Indian journal of veterinary science and animal husbandry - Volumes 15-17, 1948-1951
Year: 1948
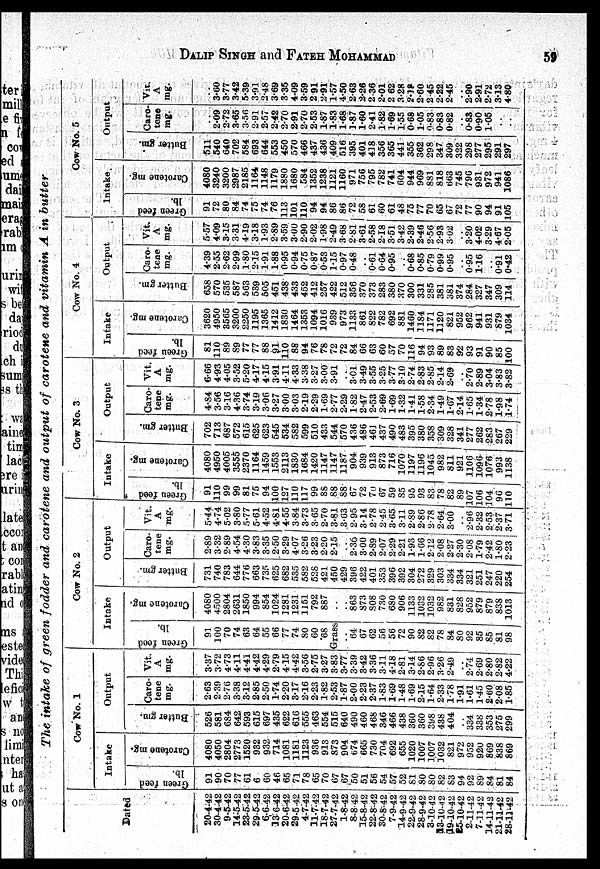
DALIP SING
The intake of green fodder and carotene and output of carotene and vitamin A in butter
Dated
20-4-42
30-4-42
9-5-42
14-5-42
23-5-42
29-5-42
3-6-42
13-6-42
20-6-42
29-5-42
4-7-42
11-7-42
18-7-42
27-7-42
1-8-42
8-8-42
15-8-42
22-8-42
30-8-42
7-9-42
14-9-42
22-9-42
28-9-42
3-10-42
13-10-42
19-10-42
25-10-42
2-11-42
7-11-42
14-11-42
21-11-42
28-11-42
Cow No. 1
Intake
Gr een feed
lb.
91
90
70
77
61
6
60
46
65
71
78
65
70
67
67
50
51
56
54
57
52
81
80
80
82
83
94
92
89
84
81
84
Car ot ene mg.
4080
4050
2804
2773
1520
932
932
714
1081
1181
1123
936
913
873
904
674
665
730
704
692
655
1020
1007
1007
1032
821
972
952
920
869
838
869
Output
But t
er gm.
526
581
684
642
593
615
697
435
622
616
555
463
554
515
640
490
460
468
346
466
438
360
360
398
438
404
..
334
338
353
275
299
Caro-
tene
mg.
2.63
2.39
2.76
3.38
3.12
2.85
2.50
1.74
2.20
3.17
2.16
2.23
1.82
2.53
1.87
2.00
2.23
2.37
1.83
1.69
1.48
1.69
2.15
1.64
2.33
1.78
1.91
1.61
1.45
2.60
2.08
1.85
Vit.
A
mg.
3.37
3.72
4.73
4.11
4.41
4.42
4.29
2.79
415
4.42
3.56
2.75
3.27
3.83
3.77
3.39
3.42
3.36
3.11
4.18
2.81
3.14
2.86
2.96
3.26
2.49
..
2.74
2.69
2.80
2.82
4.22
Cow No. 2
Intake
Gr een feed
lb.
91
100
70
74
63
64
55
66
77
74
80
60
68
Grass
..
64
67
62
56
56
72
90
82
82
78
84
80
92
85
85
81
98
Car ot ene mg
4080
4500
2804
2631
1850
994
854
1024
1281
1231
1151
792
887
..
..
863
873
S08
730
680
906
1133
1032
1032
982
831
828
952
879
879
838
1013
Output
But t
er gm.
731
740
783
644
776
663
735
625
682
535
582
528
421
450
429
396
422
401
353
396
392
304
272
329
303
334
334
321
251
247
220
254
Caro-
tene
mg.
2.89
3.32
2.89
4.54
4.30
3.83
3.35
2.50
3.29
4.07
3.26
3.23
2.20
2.15
..
2.36
3.00
2.89
2.07
2.29
2.21
1.93
1.66
2.12
2.08
2.27
2.30
2.08
1.79
2.42
1.80
2.23
Vit
A
mg.
5.44
4.74
5.02
3.80
5.77
5.61
4.52
4.81
4.55
3.84
3.73
3.65
2.70
3.81
3.63
2.95
3.14
2.78
2.45
3.65
3.11
2.89
2.86
2.78
2.64
3.00
..
2.96
2.32
2.53
2.37
3.71
Cow No. 3
Intake
Gr eeu f eed
lb.
91
110
99
99
81
75
94
100
127
110
117
99
88
88
88
67
72
70
67
59
85
95
93
83
78
82
89
107
106
104
96
110
Car ot ene mg.
4080
4950
4005
3555
2370
1164
1459
1553
2113
1830
1684
1420
1147
1147
1187
904
939
913
873
716
1070
1197
1196
1045
982
811
921
1106
1096
1076
993
1138
Output
But t
er gm.
702
713
687
572
615
625
623
545
534
582
599
510
433
544
570
436
486
461
437
490
483
395
380
358
309
328
341
277
262
283
267
229
Caro
tene
mg.
4.84
3.56
3.16
4.36
3.74
3.19
3.06
3.27
300
3.03
2.19
2.29
1.69
2.77
2.29
1.82
2.47
2.53
2.69
1.69
1.32
1.41
1.58
2.34
1.49
1.67
2.14
1.65
1.34
2.78
1.98
1.74
Vit.
A
mg.
6.66
4.93
4.05
3.52
5.20
4.17
4.15
3.91
4.11
4.33
3.38
3.27
3.00
3.91
..
3.01
3.49
3.55
3.25
3.77
3.10
2.74
2.83
2.85
2.14
2.69
..
2.70
2.89
3.04
3.83
3.82
Cow No. 4
Intake
I Gr een f eed
lb.
81
110
89
89
77
77
88
91
110
88
94
76
78
72
72
84
66
63
60
57
70
116
94
93
89
83
92
93
91
90
85
100
Car ot ene mg.
3620
4950
3565
3200
2250
1195
1365
1412
1830
1464
1353
1094
1016
939
973
1133
861
822
782
692
881
1460
1184
1171
1120
821
952
962
941
931
879
1034
Output
But t
er gm.
658
570
535
587
563
539
505
451
438
433
452
412
257
422
512
356
370
373
283
380
370
300
331
285
381
381
374
284
327
347
309
114
Caro-
tene
mg.
4.39
2.55
2.62
2.99
1.80
2.15
1.91
1.88
0.95
0.94
0.75
0.87
0.53
1.15
0.97
0.48
. .
0.61
0.64
0.95
..
0.68
0.85
0.79
0.99
0.95
..
0.95
1.16
..
0.91
0.42
—
Vit.
A
mg.
5.57
4.09
3.15
3.31
4.19
3.18
1.93
2.89
3.59
3.00
2.90
2.02
1.98
2.49
3.68
2.81
3.61
2.58
2.18
3.51
3.42
2.39
2.46
2.56
2.93
3.02
..
3.20
4.02
3.29
4.67
2.05
Cow No. 5
Intake
Gr een f eed
lb.
91
72
80
84
74
75
74
76
113
101
110
94
94
86
86
72
58
61
60
61
48
75
77
70
65
67
72
77
90
94
91
105
Car ot ene mg
4080
3240
3200
2987
2185
1164
1148
1179
1880
1680
584
1352
1238
1121
1160
971
756
795
782
741
604
944
969
881
818
663
745
796
931
972
941
1086
Output
But t
er gm.
511
540
640
702
584
693
644
553
450
570
466
437
436
409
516
395
401
418
356
365
441
355
362
298
347
309
322
298
277
295
291
297
Caro-
tene
mg.
..
2.09
2.72
3.65
3.56
2.91
2.57
2.42
2.70
2.91
2.70
2.53
1.87
1.83
1.68
1.87
1.60
2.41
1.82
1.69
1.55
0.68
1.05
0.83
0.83
0.82
..
0.83
0.90
1.05
..
..
Vit.
A
mg.
..
3.60
3.77
3.42
5.39
3.91
2.48
3.69
3.35
4.09
3.59
2 91
2.91
1.57
4.50
2.63
2.26
2.36
2.01
2 62
3.28
2.18
2.60
2 45
2.22
2.45
..
2.90
2.91
2.72
3.13
4.80